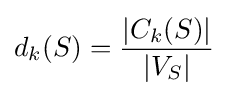
d_{k}(S)={|C_{k}(S)| \over |V_{S}|}